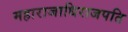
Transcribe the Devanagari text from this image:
महाराजाधिराजपति